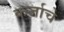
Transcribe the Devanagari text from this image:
कर्जाचे